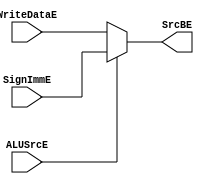
`timescale 1ns / 1ps
//////////////////////////////////////////////////////////////////////////////////
// Company: 
// Engineer: 
// 
// Design Name: 
// Module Name:    mux_2_32 
// Project Name: 
// Target Devices: 
// Tool versions: 
// Description: 
//
// Dependencies: 
//
// Revision: 
// Revision 0.01 - File Created
// Additional Comments: 
//
//////////////////////////////////////////////////////////////////////////////////
module mux_ALUSrcE(
	input wire [31:0]WriteDataE,
	input wire [31:0]SignImmE,
	
	input wire ALUSrcE,
	
	output reg [31:0]SrcBE
    );
	 
	 always@(*)
	 begin
	 
		 if(ALUSrcE)
			SrcBE <= SignImmE;
		 else
			SrcBE <= WriteDataE;
	 
	 end


endmodule